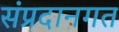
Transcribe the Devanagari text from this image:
संप्रदानगत